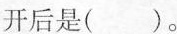
开后是( )。